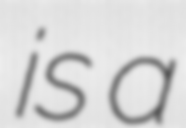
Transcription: is a